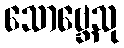
သောဗ္ဘေသု